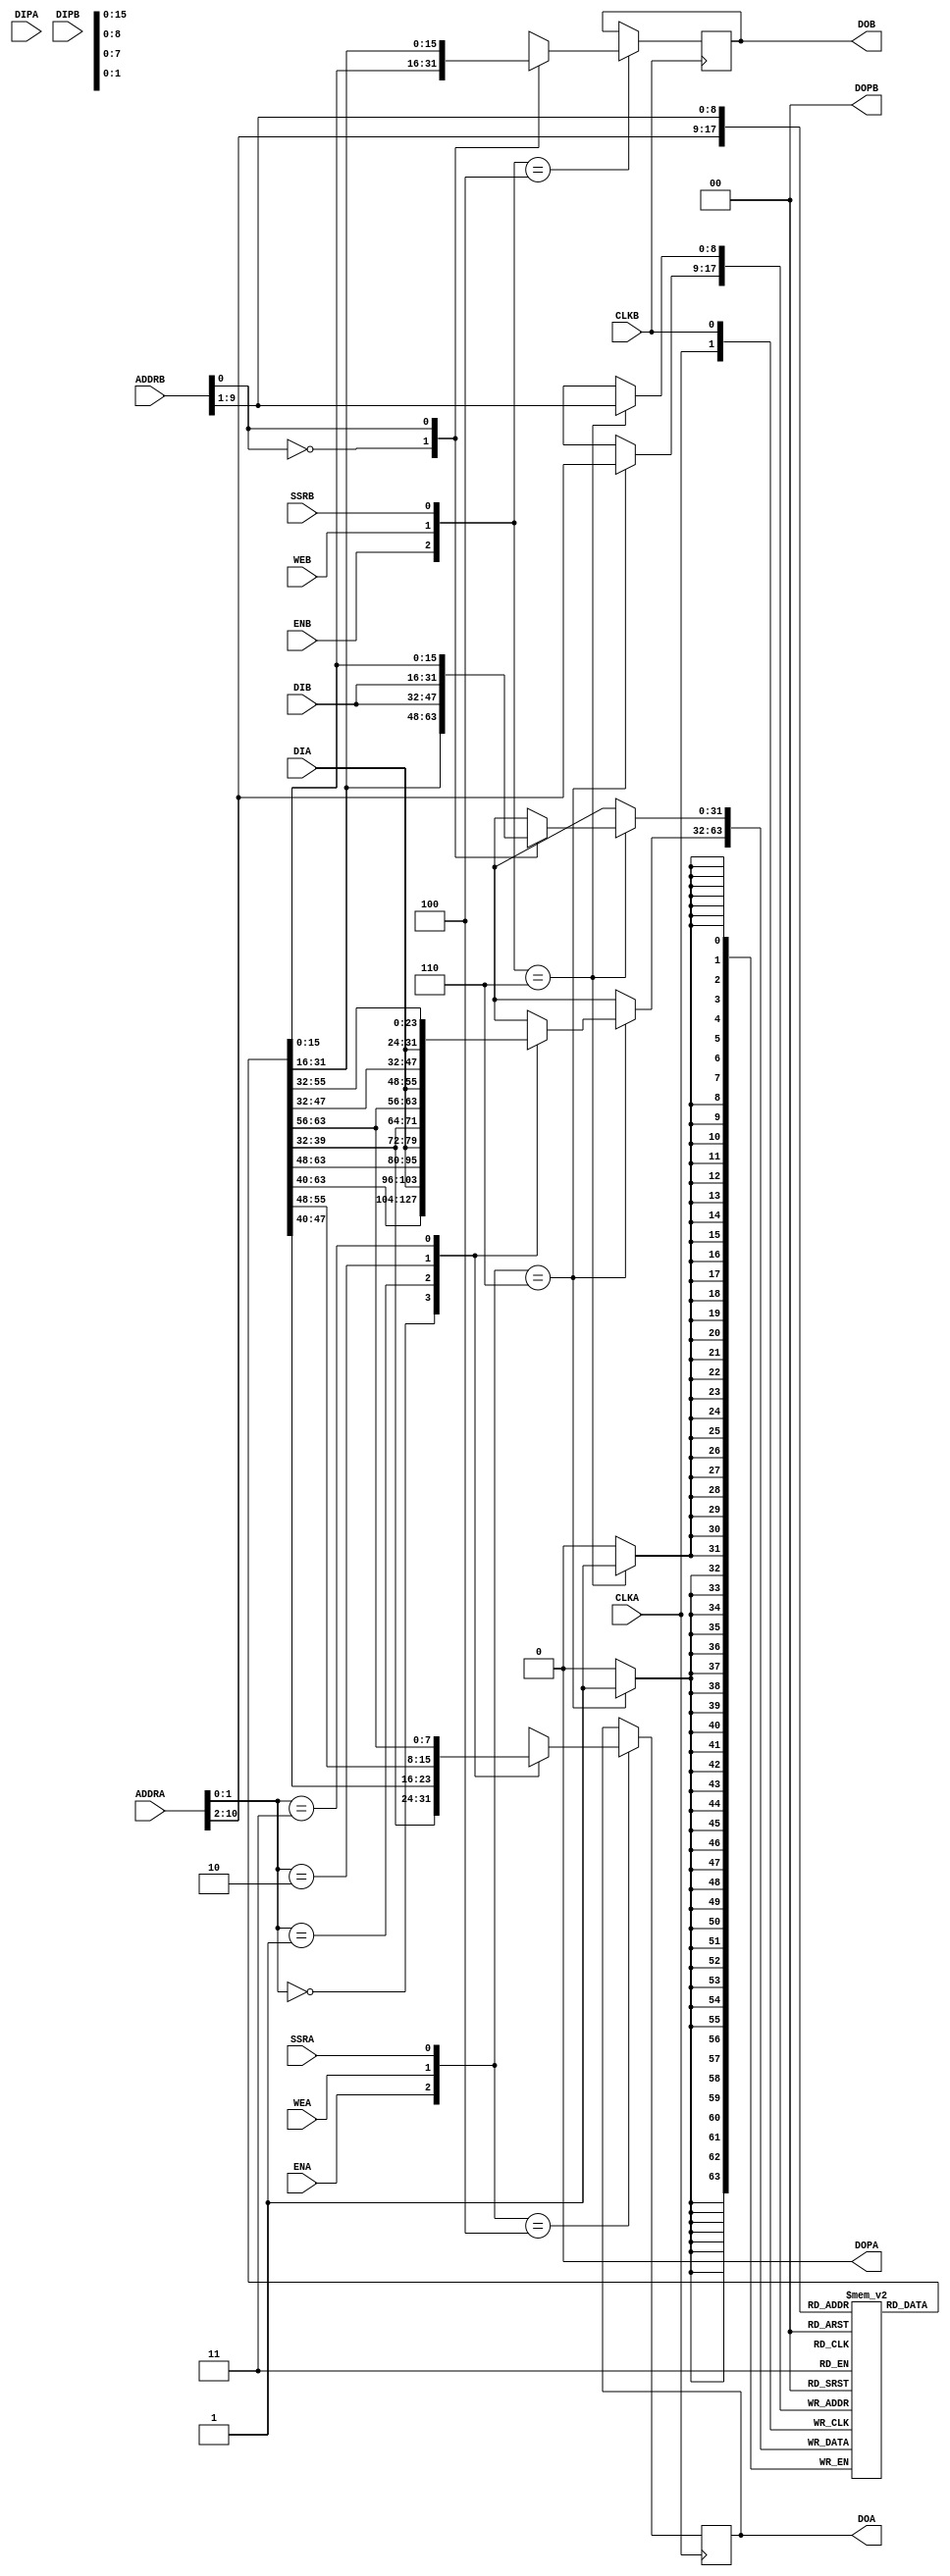
/***************************************************************************
 *                                                                         *
 *   RAMB16_S9_S18.v - Simulates the Xilinx primitive of the same name for *
 *     use with Icarus Verilog.                                            *
 *                                                                         *
 *   Copyright (C) 2005 by Patrick Suggate                                 *
 *   patrick@physics.otago.ac.nz                                           *
 *                                                                         *
 *   This program is free software; you can redistribute it and/or modify  *
 *   it under the terms of the GNU General Public License as published by  *
 *   the Free Software Foundation; either version 2 of the License, or     *
 *   (at your option) any later version.                                   *
 *                                                                         *
 *   This program is distributed in the hope that it will be useful,       *
 *   but WITHOUT ANY WARRANTY; without even the implied warranty of        *
 *   MERCHANTABILITY or FITNESS FOR A PARTICULAR PURPOSE.  See the         *
 *   GNU General Public License for more details.                          *
 *                                                                         *
 *   You should have received a copy of the GNU General Public License     *
 *   along with this program; if not, write to the                         *
 *   Free Software Foundation, Inc.,                                       *
 *   59 Temple Place - Suite 330, Boston, MA  02111-1307, USA.             *
 ***************************************************************************/

module RAMB16_S9_S18 (
		DIA, DIPA, ADDRA, ENA, WEA, SSRA, CLKA, DOA, DOPA,
		DIB, DIPB, ADDRB, ENB, WEB, SSRB, CLKB, DOB, DOPB
	);
	
	input	[7:0]	DIA;
	input	DIPA;
	input	[10:0]	ADDRA;	//	11-bit
	input	ENA;
	input	WEA;
	input	SSRA;
	input	CLKA;
	output	[7:0]	DOA;	//	8-bits + 1-bit parity
	output	DOPA;
	
	input	[15:0]	DIB;
	input	[1:0]	DIPB;
	input	[9:0]	ADDRB;
	input	ENB;
	input	WEB;
	input	SSRB;
	input	CLKB;
	output	[15:0]	DOB;
	output	[1:0]	DOPB;
	
	reg		[7:0]	DOA	= 0;
	reg		DOPA	= 0;
	reg		[15:0]	DOB	= 0;
	reg		[1:0]	DOPB	= 0;
	
	reg 	[31:0]	ram_block_16k[511:0];	//	2KB
	reg		[3:0]	ram_block_2k[511:0];	//	Parity bits
	
	//	These parameters allow the block RAM to have values upon initialisation
	parameter	INIT_00 	= 256'h0;
	parameter	INIT_01 	= 256'h0;
	parameter	INIT_02 	= 256'h0;
	parameter	INIT_03 	= 256'h0;
	parameter	INIT_04 	= 256'h0;
	parameter	INIT_05 	= 256'h0;
	parameter	INIT_06 	= 256'h0;
	parameter	INIT_07 	= 256'h0;
	parameter	INIT_08 	= 256'h0;
	parameter	INIT_09 	= 256'h0;
	parameter	INIT_0A 	= 256'h0;
	parameter	INIT_0B 	= 256'h0;
	parameter	INIT_0C 	= 256'h0;
	parameter	INIT_0D 	= 256'h0;
	parameter	INIT_0E 	= 256'h0;
	parameter	INIT_0F 	= 256'h0;
	parameter	INIT_10 	= 256'h0;
	parameter	INIT_11 	= 256'h0;
	parameter	INIT_12 	= 256'h0;
	parameter	INIT_13 	= 256'h0;
	parameter	INIT_14 	= 256'h0;
	parameter	INIT_15 	= 256'h0;
	parameter	INIT_16 	= 256'h0;
	parameter	INIT_17 	= 256'h0;
	parameter	INIT_18 	= 256'h0;
	parameter	INIT_19 	= 256'h0;
	parameter	INIT_1A 	= 256'h0;
	parameter	INIT_1B 	= 256'h0;
	parameter	INIT_1C 	= 256'h0;
	parameter	INIT_1D 	= 256'h0;
	parameter	INIT_1E 	= 256'h0;
	parameter	INIT_1F 	= 256'h0;
	parameter	INIT_20 	= 256'h0;
	parameter	INIT_21 	= 256'h0;
	parameter	INIT_22 	= 256'h0;
	parameter	INIT_23 	= 256'h0;
	parameter	INIT_24 	= 256'h0;
	parameter	INIT_25 	= 256'h0;
	parameter	INIT_26 	= 256'h0;
	parameter	INIT_27 	= 256'h0;
	parameter	INIT_28 	= 256'h0;
	parameter	INIT_29 	= 256'h0;
	parameter	INIT_2A 	= 256'h0;
	parameter	INIT_2B 	= 256'h0;
	parameter	INIT_2C 	= 256'h0;
	parameter	INIT_2D 	= 256'h0;
	parameter	INIT_2E 	= 256'h0;
	parameter	INIT_2F 	= 256'h0;
	parameter	INIT_30 	= 256'h0;
	parameter	INIT_31 	= 256'h0;
	parameter	INIT_32 	= 256'h0;
	parameter	INIT_33 	= 256'h0;
	parameter	INIT_34 	= 256'h0;
	parameter	INIT_35 	= 256'h0;
	parameter	INIT_36 	= 256'h0;
	parameter	INIT_37 	= 256'h0;
	parameter	INIT_38 	= 256'h0;
	parameter	INIT_39 	= 256'h0;
	parameter	INIT_3A 	= 256'h0;
	parameter	INIT_3B 	= 256'h0;
	parameter	INIT_3C		= 256'h0;
	parameter	INIT_3D 	= 256'h0;
	parameter	INIT_3E 	= 256'h0;
	parameter	INIT_3F 	= 256'h0;
	
	//	Parity bits
	parameter	INITP_00	= 256'h0;
	parameter	INITP_01	= 256'h0;
	parameter	INITP_02	= 256'h0;
	parameter	INITP_03	= 256'h0;
	parameter	INITP_04	= 256'h0;
	parameter	INITP_05	= 256'h0;
	parameter	INITP_06	= 256'h0;
	parameter	INITP_07	= 256'h0;
	
	//	FIXME:	These are ignored at the moment.
	parameter	WRITE_MODE_A	= "READ_FIRST";
	parameter	WRITE_MODE_B	= "READ_FIRST";
	
`ifdef __DEBUG
	initial begin : Sim
		#10
		dump_entries(7'h40);
	end	//	Sim
`endif
	
	
	//	States for the state machine
`define	ST_IDLE		3'b0xx
`define	ST_READ		3'b100
`define	ST_WRITE	3'b110
`define	ST_RESET	3'b1x1
	
	
	
	//	Port A
	always @(posedge CLKA)
	begin
		case ({ENA, WEA, SSRA})
		`ST_READ:
			DOA <= get_bytea (ram_block_16k[ADDRA[10:2]], ADDRA[1:0]);
			
		`ST_WRITE:
			ram_block_16k[ADDRA[10:2]] <= set_byte (ram_block_16k[ADDRA[10:2]], ADDRA[1:0], DIA);
			
		`ST_RESET:;
			
		default:;
		endcase
	end
	
	
	//	Port B
	always @(posedge CLKB)
	begin
		case ({ENB, WEB, SSRB})
		`ST_READ:
			DOB <= get_wordb (ram_block_16k[ADDRB[9:1]], ADDRB[0]);
			
		`ST_WRITE:
			ram_block_16k[ADDRB[9:1]] <= set_wordb (ram_block_16k[ADDRB[9:1]], ADDRB[0], DIB);
			
		`ST_RESET:;
			
		default:;
		endcase
	end
	
	
/*	//	Port A
	always @(posedge CLKA)	//	Retrieve byte data and parity bit
	begin
		if (ENA)
		begin
			//DOA <= #2 get_byte(ram_block_16k[ADDRA[10:2]], ADDRA[1:0]);
			DOA		<= byte0;
			DOPA	<= get_bit(ram_block_2k[ADDRA[10:2]], ADDRA[1:0]);
// 			if (WEA)
// 			begin
// 				ram_block_2k[ADDRA[10:2]] <= #2 set_bit(ram_block_2k[ADDRA[10:2]], ADDRA[1:0], DIPA);
// 				ram_block_16k[ADDRA[10:2]] <= #2 set_byte(ram_block_16k[ADDRA[10:2]], ADDRA[1:0], DIA);
// 			end
		end
	end
	*/
	
/*	//	Port B
	always @(posedge CLKB)	//	Retrieve byte data and parity bit
	begin
		if (ENB)
		begin
			//DOB <= #2 get_byte(ram_block_16k[ADDRB[10:2]], ADDRB[1:0]);
			DOB		<= byte1;
			DOPB	<= get_bit(ram_block_2k[ADDRB[10:2]], ADDRB[1:0]);
// 			if (WEB)
// 			begin
// 				ram_block_2k[ADDRB[10:2]] <= #2 set_bit(ram_block_2k[ADDRB[10:2]], ADDRB[1:0], DIPB);
// 				ram_block_16k[ADDRB[10:2]] <= #2 set_byte(ram_block_16k[ADDRB[10:2]], ADDRB[1:0], DIB);
// 			end
		end
	end
	*/
	
//-----------------------------------------------------------------------------------------------
//	Tasks and functions for operating/debugging the RAM blocks
	
	
	//	Used for dumping the contents of the block RAM for debugging
	task	dump_entries;
		input	[6:0]	num_entries;
		integer	ii, jj;
		
		begin
			
			for (ii = 0; ii < num_entries; ii = ii + 1)
			begin
				$write("%%");
				for (jj = 0; jj < 8; jj = jj + 1)
					$write("%h", ram_block_16k[{ii[5:0], jj[2:0]}]);
				$write("\n");
			end
			
		end
		
	endtask	//	dump_entries
	
	
	//	Outputs the byte at position 'byte_num' from 'word'
	function [7:0]	get_byte;
		input	[31:0]	word;
		input	[1:0]	byte_num;
		
		begin
			case (byte_num)
				2'b00:
					get_byte = word[7:0];
				2'b01:
					get_byte = word[15:8];
				2'b10:
					get_byte = word[23:16];
				2'b11:
					get_byte = word[31:24];
			endcase
		end
		
	endfunction	//	get_bit
	
	
	function [7:0]	get_bytea;
		input	[31:0]	word;
		input	[1:0]	byte_num;
		
		begin
			case (byte_num)
				2'b00:
					get_bytea = word[7:0];
				2'b01:
					get_bytea = word[15:8];
				2'b10:
					get_bytea = word[23:16];
				2'b11:
					get_bytea = word[31:24];
			endcase
		end
		
	endfunction	//	get_bytea
	
	
	function [7:0]	get_byteb;
		input	[31:0]	word;
		input	[1:0]	byte_num;
		
		begin
			case (byte_num)
				2'b00:
					get_byteb = word[7:0];
				2'b01:
					get_byteb = word[15:8];
				2'b10:
					get_byteb = word[23:16];
				2'b11:
					get_byteb = word[31:24];
			endcase
		end
		
	endfunction	//	get_byteb
	
	
	function [31:0]	set_byte;
		input	[31:0]	word;
		input	[1:0]	bit_num;
		input	[7:0]	byte;
		
		begin
			case (bit_num)
				2'b00:
					set_byte = { word[31:8], byte[7:0] };
				2'b01:
					set_byte = { word[31:16], byte[7:0], word[7:0] };
				2'b10:
					set_byte = { word[31:24], byte[7:0], word[15:0] };
				2'b11:
					set_byte = { byte[7:0], word[23:0] };
			endcase
		end
	endfunction
	
	
	function [15:0]	get_worda;
		input	[31:0]	word;
		input	offset;
		
		begin
			case (offset)
				1'b0:
					get_worda = word[15:0];
				1'b1:
					get_worda = word[31:16];
			endcase
		end
	endfunction
	
	
	function [31:0]	set_worda;
		input	[31:0]	word;
		input	offset;
		input	[15:0]	data;
		
		begin
			case (offset)
				1'b0:
					set_worda = { word[31:16], data[15:0] };
				1'b1:
					set_worda = { data[15:0], word[15:0] };
			endcase
		end
	endfunction
	
	
	function [15:0]	get_wordb;
		input	[31:0]	word;
		input	offset;
		
		begin
			case (offset)
				1'b0:
					get_wordb = word[15:0];
				1'b1:
					get_wordb = word[31:16];
			endcase
		end
	endfunction
	
	
	function [31:0]	set_wordb;
		input	[31:0]	word;
		input	offset;
		input	[15:0]	data;
		
		begin
			case (offset)
				1'b0:
					set_wordb = { word[31:16], data[15:0] };
				1'b1:
					set_wordb = { data[15:0], word[15:0] };
			endcase
		end
	endfunction
	
	
	//	Outputs the bit at position 'bit_num' from 'word'
	function get_bit;
		input	[3:0]	word;
		input	[1:0]	bit_num;
		
		begin
			get_bit = word[bit_num];
		end
		
	endfunction	//	get_bit
	
	
	//	TODO: Fixed? //	TODO:	Is this wrong?
	function [3:0]	set_bit;
		input	[3:0]	word;
		input	[1:0]	bit_num;
		input	bit;
		
		integer	mask;
		begin
			mask = 4'b1 << bit_num;
			if (bit)
				set_bit = word | mask;
			else
				set_bit = word & ~mask;
		end
	endfunction
	
	
//--------------------------------------------------------------
//	Simulation stuff below
//
	integer	ii, jj;
	
	initial begin : Init
		//	Assign a random 'font'
		fill_ram_block_16k(3);
		//#1
		//$display ("%% ramblock[0x0FF] = %h", get_byte(ram_block_16k[9'hFF], 2'h3));
		
//		#10 $display("%b %b",
//			get_bit(ram_block_2k[9'h000], 2'b00),
//			get_bit(ram_block_2k[9'h100], 2'b00)
//		);
// 		#10 $display("%b %b", ram_block_16k[9'h80], ram_block_16k[9'h180]);
// 		#10 $finish;
/*		
		#10
		$display;
		for (ii = 0; ii < 512; ii = ii + 1)
			for (jj = 0; jj < 4; jj = jj + 1)
				$display("%b", get_bit(ram_block_2k[ii], jj));
			
		for (ii = 0; ii < 64; ii = ii + 1)
			$display("%b", get_nibble(INITP_00, ii));
		#10
		$finish;
		*/
	end	//	Init
	
	
	//	Outputs the 32-bit long at position 'long_num' from 'big_long'
	function [31:0]	get_long;
		input	[255:0]	big_long;
		input	[2:0]	long_num;
		
		begin
			case (long_num)
			3'b000:
				get_long = big_long[31:0];
			3'b001:
				get_long = big_long[63:32];
			3'b010:
				get_long = big_long[95:64];
			3'b011:
				get_long = big_long[127:96];
			3'b100:
				get_long = big_long[159:128];
			3'b101:
				get_long = big_long[191:160];
			3'b110:
				get_long = big_long[223:192];
			3'b111:
				get_long = big_long[255:224];
			endcase
		end
		
	endfunction	//	get_long
	
	
	//	Outputs a 4-bit nibble at position 'nib_num' from 'big_num'
	function [3:0]	get_nibble;
		input	[255:0]	big_long;
		input	[5:0]	nib_num;
		
//		wire	[7:0]	high_bit = {nib_num, 2'b11};
//		wire	[7:0]	low_bit  = {nib_num, 2'b0};
		reg		[255:0]	temp;
		integer	i;
		begin
			temp	= big_long;
			for (i=0; i<nib_num; i=i+1)
			begin
				//	Shift right by four until the nibble we want is the low
				//	word
				temp	= {4'b0, temp[255:4]};
			end
			get_nibble	= temp[3:0];
		end
// 		begin
// 			get_nibble	<= big_long[high_bit:low_bit];
// 		end
	endfunction
	
	
	//	Used to initialise the 'ram_block_16k' for a test bench
	task fill_ram_block_16k;
		input	mode;
		integer	n, mode;
	
	begin : Fill_Ram_Block_16k
		
		for (n = 0; n < 512; n = n+1)
		begin
			case (mode)
				0:	ram_block_16k[n] = 32'h0000_0000;
				1:	ram_block_16k[n] = $random;
				2:	ram_block_16k[n] = 32'h3030_3030;
				3:;
			endcase
		end
		
		if (mode == 3)
		begin
			for ( n = 0; n < 8; n = n+1 )
			begin
				ram_block_16k[{6'h00, n[2:0]}] = get_long(INIT_00, n[2:0]);
				ram_block_16k[{6'h01, n[2:0]}] = get_long(INIT_01, n[2:0]);
				ram_block_16k[{6'h02, n[2:0]}] = get_long(INIT_02, n[2:0]);
				ram_block_16k[{6'h03, n[2:0]}] = get_long(INIT_03, n[2:0]);
				ram_block_16k[{6'h04, n[2:0]}] = get_long(INIT_04, n[2:0]);
				ram_block_16k[{6'h05, n[2:0]}] = get_long(INIT_05, n[2:0]);
				ram_block_16k[{6'h06, n[2:0]}] = get_long(INIT_06, n[2:0]);
				ram_block_16k[{6'h07, n[2:0]}] = get_long(INIT_07, n[2:0]);
				ram_block_16k[{6'h08, n[2:0]}] = get_long(INIT_08, n[2:0]);
				ram_block_16k[{6'h09, n[2:0]}] = get_long(INIT_09, n[2:0]);
				ram_block_16k[{6'h0A, n[2:0]}] = get_long(INIT_0A, n[2:0]);
				ram_block_16k[{6'h0B, n[2:0]}] = get_long(INIT_0B, n[2:0]);
				ram_block_16k[{6'h0C, n[2:0]}] = get_long(INIT_0C, n[2:0]);
				ram_block_16k[{6'h0D, n[2:0]}] = get_long(INIT_0D, n[2:0]);
				ram_block_16k[{6'h0E, n[2:0]}] = get_long(INIT_0E, n[2:0]);
				ram_block_16k[{6'h0F, n[2:0]}] = get_long(INIT_0F, n[2:0]);
				ram_block_16k[{6'h10, n[2:0]}] = get_long(INIT_10, n[2:0]);
				ram_block_16k[{6'h11, n[2:0]}] = get_long(INIT_11, n[2:0]);
				ram_block_16k[{6'h12, n[2:0]}] = get_long(INIT_12, n[2:0]);
				ram_block_16k[{6'h13, n[2:0]}] = get_long(INIT_13, n[2:0]);
				ram_block_16k[{6'h14, n[2:0]}] = get_long(INIT_14, n[2:0]);
				ram_block_16k[{6'h15, n[2:0]}] = get_long(INIT_15, n[2:0]);
				ram_block_16k[{6'h16, n[2:0]}] = get_long(INIT_16, n[2:0]);
				ram_block_16k[{6'h17, n[2:0]}] = get_long(INIT_17, n[2:0]);
				ram_block_16k[{6'h18, n[2:0]}] = get_long(INIT_18, n[2:0]);
				ram_block_16k[{6'h19, n[2:0]}] = get_long(INIT_19, n[2:0]);
				ram_block_16k[{6'h1A, n[2:0]}] = get_long(INIT_1A, n[2:0]);
				ram_block_16k[{6'h1B, n[2:0]}] = get_long(INIT_1B, n[2:0]);
				ram_block_16k[{6'h1C, n[2:0]}] = get_long(INIT_1C, n[2:0]);
				ram_block_16k[{6'h1D, n[2:0]}] = get_long(INIT_1D, n[2:0]);
				ram_block_16k[{6'h1E, n[2:0]}] = get_long(INIT_1E, n[2:0]);
				ram_block_16k[{6'h1F, n[2:0]}] = get_long(INIT_1F, n[2:0]);
				ram_block_16k[{6'h20, n[2:0]}] = get_long(INIT_20, n[2:0]);
				ram_block_16k[{6'h21, n[2:0]}] = get_long(INIT_21, n[2:0]);
				ram_block_16k[{6'h22, n[2:0]}] = get_long(INIT_22, n[2:0]);
				ram_block_16k[{6'h23, n[2:0]}] = get_long(INIT_23, n[2:0]);
				ram_block_16k[{6'h24, n[2:0]}] = get_long(INIT_24, n[2:0]);
				ram_block_16k[{6'h25, n[2:0]}] = get_long(INIT_25, n[2:0]);
				ram_block_16k[{6'h26, n[2:0]}] = get_long(INIT_26, n[2:0]);
				ram_block_16k[{6'h27, n[2:0]}] = get_long(INIT_27, n[2:0]);
				ram_block_16k[{6'h28, n[2:0]}] = get_long(INIT_28, n[2:0]);
				ram_block_16k[{6'h29, n[2:0]}] = get_long(INIT_29, n[2:0]);
				ram_block_16k[{6'h2A, n[2:0]}] = get_long(INIT_2A, n[2:0]);
				ram_block_16k[{6'h2B, n[2:0]}] = get_long(INIT_2B, n[2:0]);
				ram_block_16k[{6'h2C, n[2:0]}] = get_long(INIT_2C, n[2:0]);
				ram_block_16k[{6'h2D, n[2:0]}] = get_long(INIT_2D, n[2:0]);
				ram_block_16k[{6'h2E, n[2:0]}] = get_long(INIT_2E, n[2:0]);
				ram_block_16k[{6'h2F, n[2:0]}] = get_long(INIT_2F, n[2:0]);
				ram_block_16k[{6'h30, n[2:0]}] = get_long(INIT_30, n[2:0]);
				ram_block_16k[{6'h31, n[2:0]}] = get_long(INIT_31, n[2:0]);
				ram_block_16k[{6'h32, n[2:0]}] = get_long(INIT_32, n[2:0]);
				ram_block_16k[{6'h33, n[2:0]}] = get_long(INIT_33, n[2:0]);
				ram_block_16k[{6'h34, n[2:0]}] = get_long(INIT_34, n[2:0]);
				ram_block_16k[{6'h35, n[2:0]}] = get_long(INIT_35, n[2:0]);
				ram_block_16k[{6'h36, n[2:0]}] = get_long(INIT_36, n[2:0]);
				ram_block_16k[{6'h37, n[2:0]}] = get_long(INIT_37, n[2:0]);
				ram_block_16k[{6'h38, n[2:0]}] = get_long(INIT_38, n[2:0]);
				ram_block_16k[{6'h39, n[2:0]}] = get_long(INIT_39, n[2:0]);
				ram_block_16k[{6'h3A, n[2:0]}] = get_long(INIT_3A, n[2:0]);
				ram_block_16k[{6'h3B, n[2:0]}] = get_long(INIT_3B, n[2:0]);
				ram_block_16k[{6'h3C, n[2:0]}] = get_long(INIT_3C, n[2:0]);
				ram_block_16k[{6'h3D, n[2:0]}] = get_long(INIT_3D, n[2:0]);
				ram_block_16k[{6'h3E, n[2:0]}] = get_long(INIT_3E, n[2:0]);
				ram_block_16k[{6'h3F, n[2:0]}] = get_long(INIT_3F, n[2:0]);
			end
			for (n=0; n<64; n=n+1)
			begin
				//	9-bit address, 4-bit wide data
				ram_block_2k[{3'h0,n[5:0]}] = get_nibble(INITP_00, n);
				ram_block_2k[{3'h1,n[5:0]}] = get_nibble(INITP_01, n);
				ram_block_2k[{3'h2,n[5:0]}] = get_nibble(INITP_02, n);
				ram_block_2k[{3'h3,n[5:0]}] = get_nibble(INITP_03, n);
				ram_block_2k[{3'h4,n[5:0]}] = get_nibble(INITP_04, n);
				ram_block_2k[{3'h5,n[5:0]}] = get_nibble(INITP_05, n);
				ram_block_2k[{3'h6,n[5:0]}] = get_nibble(INITP_06, n);
				ram_block_2k[{3'h7,n[5:0]}] = get_nibble(INITP_07, n);
			end
		end
		
	end	//	Fill_Ram_Block_16k
	endtask	//	fill_ram_block_16k
	
	
endmodule	//	RAMB16_S9_S9